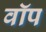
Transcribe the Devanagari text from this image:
वॉप